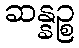
ဆန္နဉ္စ